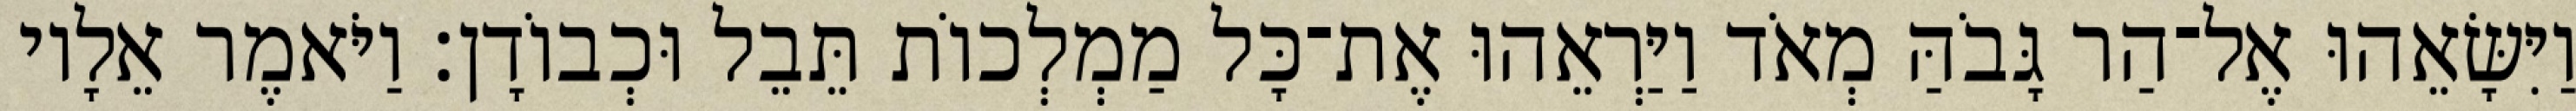
וַיִּשָּׂאֵהוּ אֶל־הַר גָּבֹהַּ מְאֹד וַיַּרְאֵהוּ אֶת־כָּל מַמְלְכוֹת תֵּבֵל וּכְבוֹדָן׃ וַיֹּאמֶר אֵלָיו